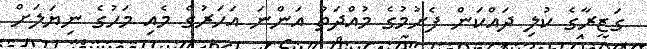
ގަޒީރާގެ ކުލި ދައްކަން ފެށުމުގެ މުއްދަތު އަންނަ އަހަރުގެ މެއި މަހުގެ ނިޔަލަށް